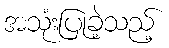
အသုံးပြုခဲ့သည့်